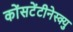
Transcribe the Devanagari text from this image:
कोंसटेंटीनेस्क्यु